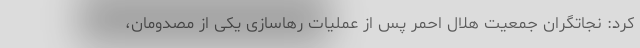
کرد: نجاتگران جمعیت هلال احمر پس از عملیات رهاسازی یکی از مصدومان،